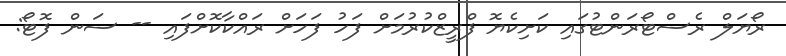
ރޯޔަލް ރެސްޓޯރަންޓުގައި ކަށިކެޔޮ ފްރީޒްކުރުމަށް ފަހު ފަހަށް ރައްކާކޮށްފައި -- ސަން ފޮޓޯ: